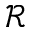
\mathcal { R }